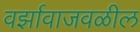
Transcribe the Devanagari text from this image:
वर्झावाजवळील